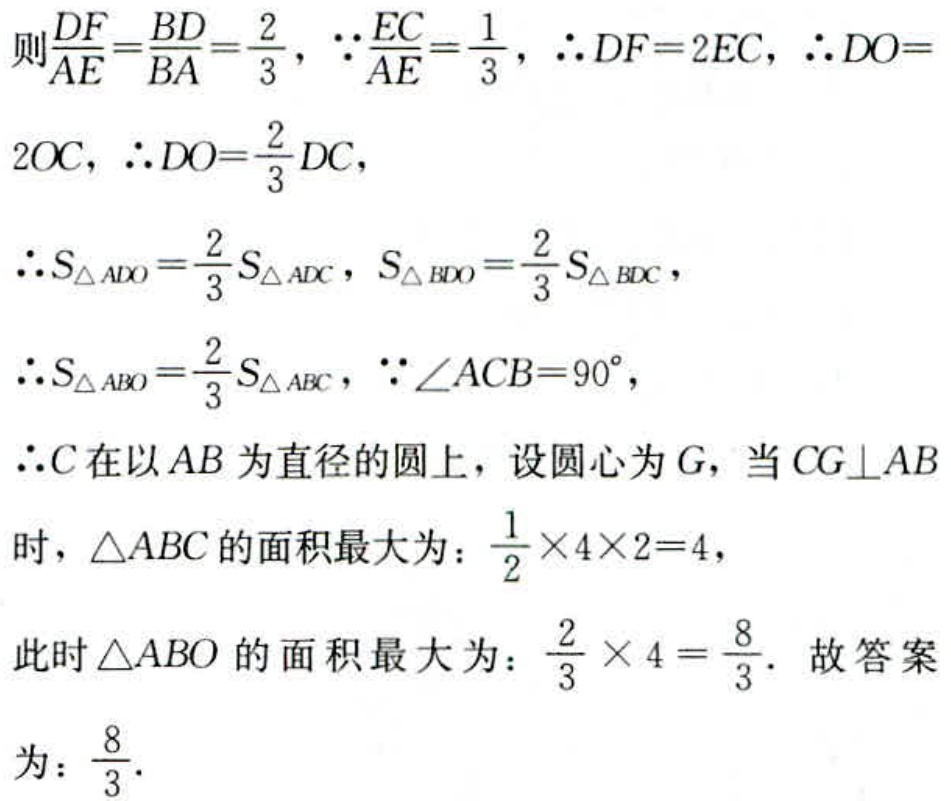
则$\frac{DF}{AE}=\frac{BD}{BA}=\frac{2}{3}$，$\because\frac{EC}{AE}=\frac{1}{3}$，$\therefore DF = 2EC$，$\therefore DO = 2OC$，$\therefore DO=\frac{2}{3}DC$，
$\therefore S_{\triangle ADO}=\frac{2}{3}S_{\triangle ADC}$，$S_{\triangle BDO}=\frac{2}{3}S_{\triangle BDC}$，
$\therefore S_{\triangle ABO}=\frac{2}{3}S_{\triangle ABC}$，$\because\angle ACB = 90^{\circ}$，
$\therefore C$在以$AB$为直径的圆上，设圆心为$G$，当$CG\perp AB$时，$\triangle ABC$的面积最大为：$\frac{1}{2}\times4\times2 = 4$，
此时$\triangle ABO$的面积最大为：$\frac{2}{3}\times4=\frac{8}{3}$．故答案为：$\frac{8}{3}$．